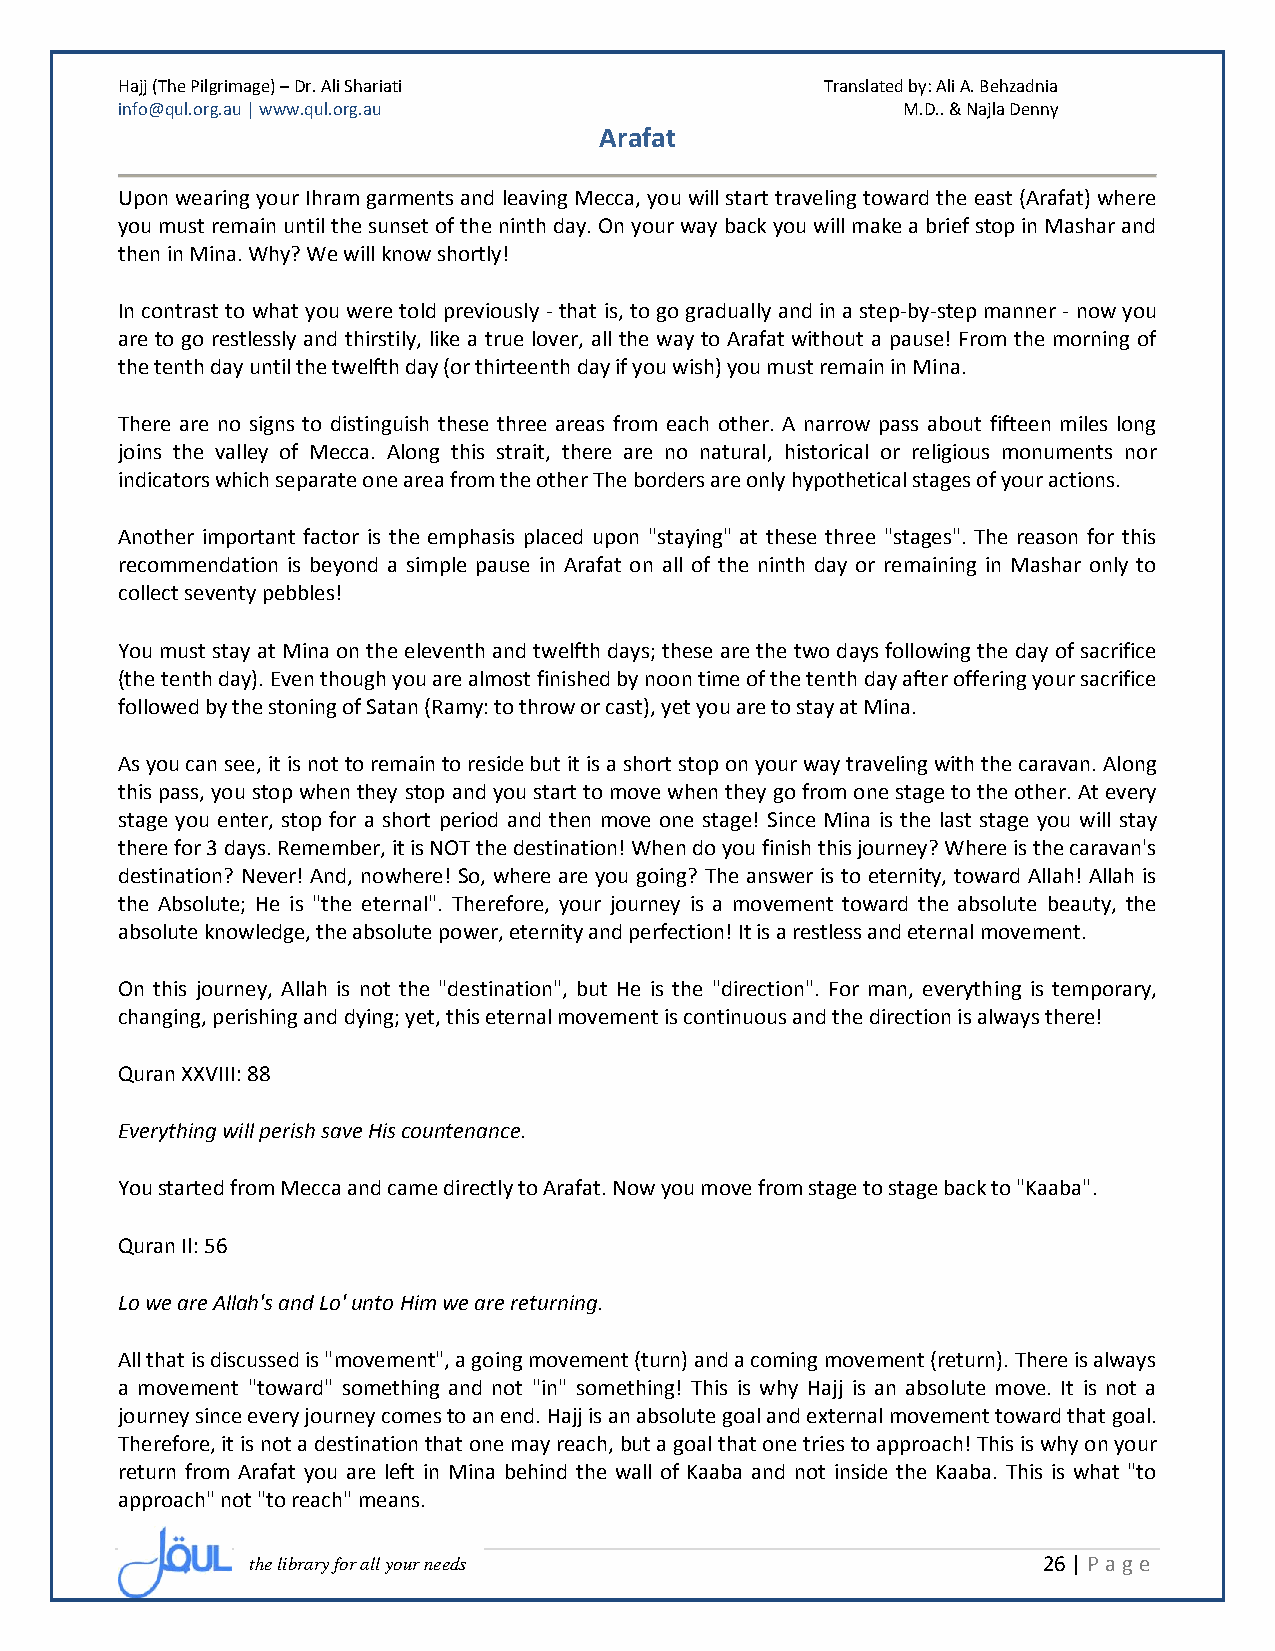
Hajj (The Pilgrimage) – Dr. Ali Shariati       Translated by: Ali A. Behzadnia
 info@qul.org.au | www.qul.org.au                    M.D.. & Najla Denny
 Arafat
 Upon wearing your Ihram garments and leaving Mecca, you will start traveling toward the east (Arafat) where
 you must remain until the sunset of the ninth day. On your way back you will make a brief stop in Mashar and
 then in Mina. Why? We will know shortly!
 In contrast to what you were told previously - that is, to go gradually and in a step-by-step manner - now you
 are to go restlessly and thirstily, like a true lover, all the way to Arafat without a pause! From the morning of
 the tenth day until the twelfth day (or thirteenth day if you wish) you must remain in Mina.
 There are no signs to distinguish these three areas from each other. A narrow pass about fifteen miles long
 joins the valley of Mecca. Along this strait, there are no natural, historical or religious monuments nor
 indicators which separate one area from the other The borders are only hypothetical stages of your actions.
 Another important factor is the emphasis placed upon "staying" at these three "stages". The reason for this
 recommendation is beyond a simple pause in Arafat on all of the ninth day or remaining in Mashar only to
 collect seventy pebbles!
 You must stay at Mina on the eleventh and twelfth days; these are the two days following the day of sacrifice
 (the tenth day). Even though you are almost finished by noon time of the tenth day after offering your sacrifice
 followed by the stoning of Satan (Ramy: to throw or cast), yet you are to stay at Mina.
 As you can see, it is not to remain to reside but it is a short stop on your way traveling with the caravan. Along
 this pass, you stop when they stop and you start to move when they go from one stage to the other. At every
 stage you enter, stop for a short period and then move one stage! Since Mina is the last stage you will stay
 there for 3 days. Remember, it is NOT the destination! When do you finish this journey? Where is the caravan's
 destination? Never! And, nowhere! So, where are you going? The answer is to eternity, toward Allah! Allah is
 the Absolute; He is "the eternal". Therefore, your journey is a movement toward the absolute beauty, the
 absolute knowledge, the absolute power, eternity and perfection! It is a restless and eternal movement.
 On this journey, Allah is not the "destination", but He is the "direction". For man, everything is temporary,
 changing, perishing and dying; yet, this eternal movement is continuous and the direction is always there!
 Quran XXVIII: 88
 Everything will perish save His countenance.
 You started from Mecca and came directly to Arafat. Now you move from stage to stage back to "Kaaba".
 Quran Il: 56
 Lo we are Allah's and Lo' unto Him we are returning.
 All that is discussed is "movement", a going movement (turn) and a coming movement (return). There is always
 a movement "toward" something and not "in" something! This is why Hajj is an absolute move. It is not a
 journey since every journey comes to an end. Hajj is an absolute goal and external movement toward that goal.
 Therefore, it is not a destination that one may reach, but a goal that one tries to approach! This is why on your
 return from Arafat you are left in Mina behind the wall of Kaaba and not inside the Kaaba. This is what "to
 approach" not "to reach" means.
 the library for all your needs                      26 | P age